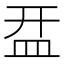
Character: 㿼